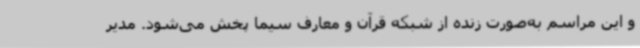
و این مراسم به‌صورت زنده از شبکه قرآن و معارف سیما پخش می‌شود. مدیر